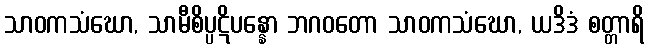
သာဝကသံဃော, သာမီစိပ္ပဋိပန္နော ဘဂဝတော သာဝကသံဃော, ယဒိဒံ စတ္တာရိ